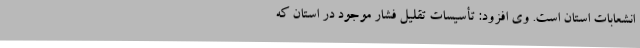
انشعابات استان است. وی افزود: تأسیسات تقلیل فشار موجود در استان که